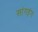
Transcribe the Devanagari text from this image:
सांगइंग